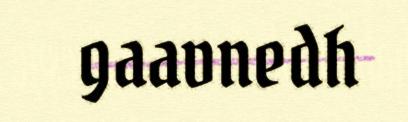
gaavnedh